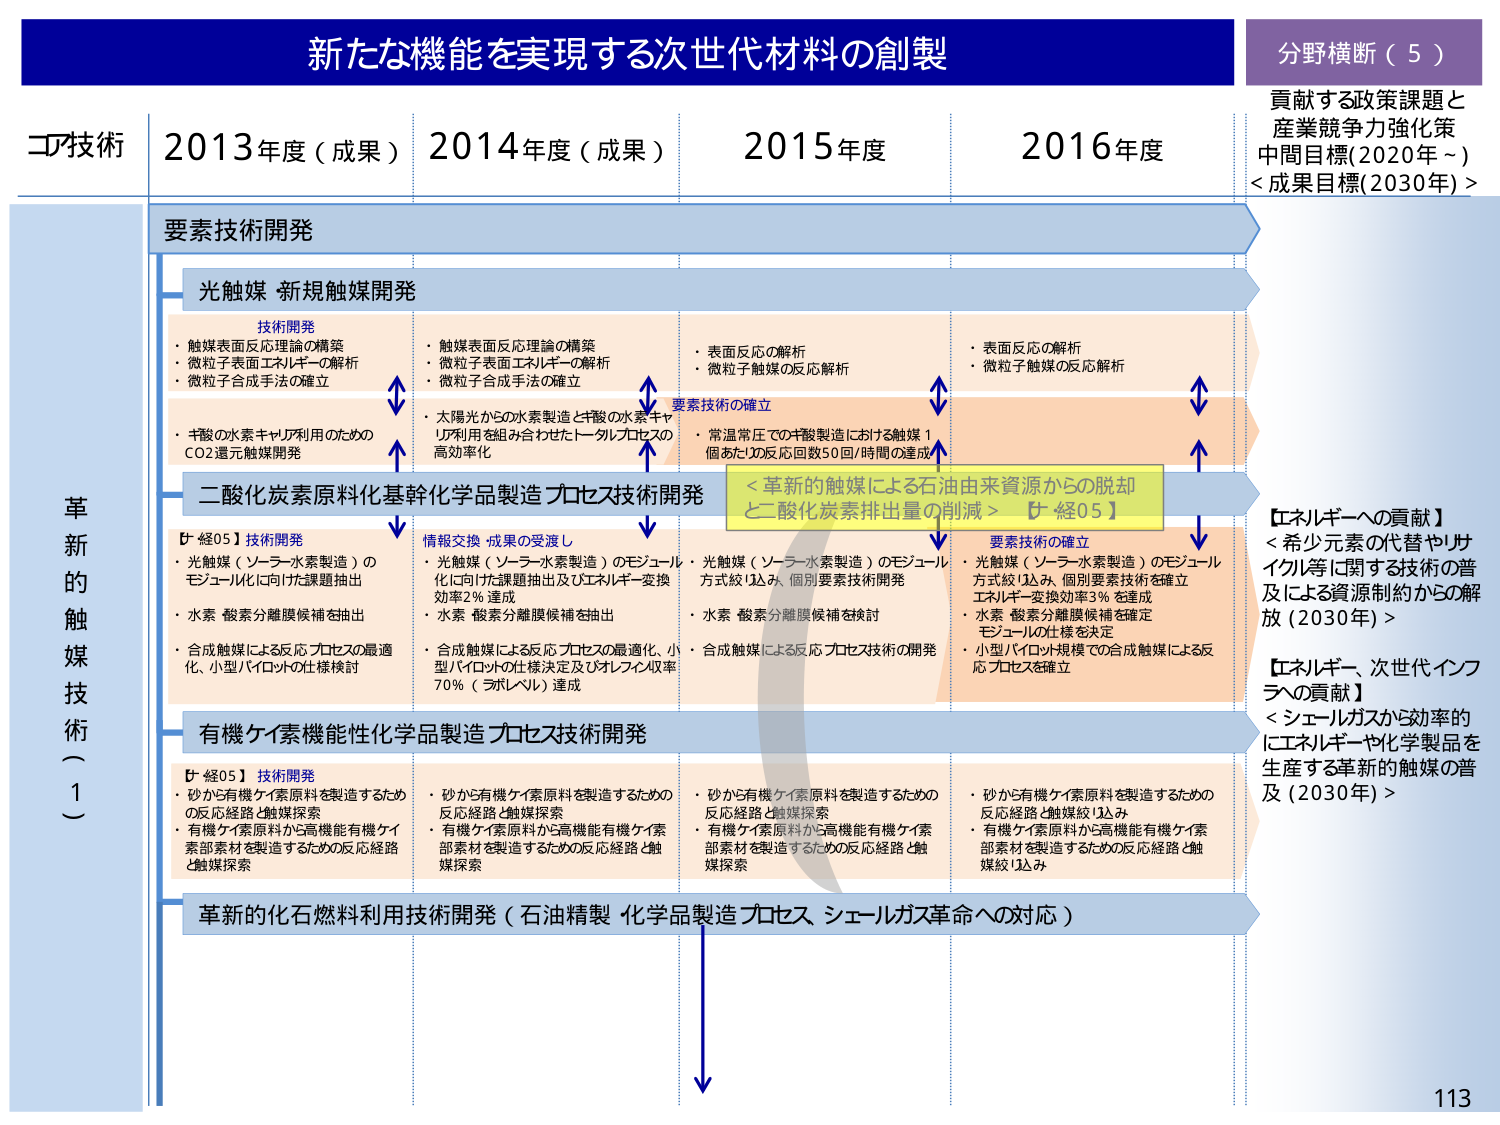
新たな機能を実現する次世代材料の創製

分野横断（5）
貢献する政策課題と
産業競争力強化策
中間目標(2020年～)
<成果目標(2030年)>

コア技術
2013年度（成果） 2014年度（成果） 2015年度 2016年度

要素技術開発

光触媒 新規触媒開発
技術開発
・触媒表面反応理論の構築
・微粒子表面エネルギーの解析
・微粒子合成手法の確立

・触媒表面反応理論の構築
・微粒子表面エネルギーの解析
・微粒子合成手法の確立

・表面反応の解析
・微粒子触媒の反応解析

・表面反応の解析
・微粒子触媒の反応解析

・ギ酸の水素キャリア利用のための
CO2還元触媒開発

・太陽光からの水素製造とギ酸の水素キャリア利用を組み合わせたトータルプロセスの
高効率化

・常温常圧でのギ酸製造における触媒1個あたりの反応回数50回/時間の達成

要素技術の確立

二酸化炭素原料化基幹化学品製造プロセス技術開発
【←経05】技術開発
・光触媒（ソーラー水素製造）の
モジュール化に向けた課題抽出
・水素・酸素分離膜候補を抽出
・合成触媒による反応プロセスの最適化、小型パイロットの仕様検討

情報交換・成果の受渡し
・光触媒（ソーラー水素製造）のモジュール化に向けた課題抽出及びエネルギー変換効率2％達成
・水素・酸素分離膜候補を抽出
・合成触媒による反応プロセスの最適化、小型パイロットの仕様決定及びオレフィン収率70％（ラボレベル）達成

・光触媒（ソーラー水素製造）のモジュール方式絞り込み、個別要素技術開発
・水素・酸素分離膜候補検討
・合成触媒による反応プロセス技術の開発

要素技術の確立
・光触媒（ソーラー水素製造）のモジュール方式絞り込み、個別要素技術を確立
エネルギー変換効率3％を達成
・水素・酸素分離膜候補を確定
モジュールの仕様を決定
・小型パイロット規模での合成触媒による反応プロセスを確立

＜革新的触媒による石油由来資源からの脱却
と二酸化炭素排出量の削減＞【←経05】

有機ケイ素機能性化学品製造プロセス技術開発
【←経05】技術開発
・砂から有機ケイ素原料を製造するための反応経路と触媒探索
・有機ケイ素原料から高機能有機ケイ素部素材を製造するための反応経路と触媒探索

・砂から有機ケイ素原料を製造するための反応経路と触媒探索
・有機ケイ素原料から高機能有機ケイ素部素材を製造するための反応経路と触媒探索

・砂から有機ケイ素原料を製造するための反応経路と触媒探索
・有機ケイ素原料から高機能有機ケイ素部素材を製造するための反応経路と触媒探索

・砂から有機ケイ素原料を製造するための反応経路と触媒絞り込み
・有機ケイ素原料から高機能有機ケイ素部素材を製造するための反応経路と触媒絞り込み

革新的化石燃料利用技術開発（石油精製・化学品製造プロセス、シェルガス革命への対応）

【エネルギーへの貢献】
＜希少元素の代替やリサイクル等に関する技術の普及による資源制約からの解放（2030年）＞

【エネルギー、次世代インフラへの貢献】
＜シェルガスから効率的にエネルギーや化学製品を生産する革新的触媒の普及（2030年）＞

113